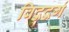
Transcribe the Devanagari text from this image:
विद्वद्वर्ग